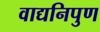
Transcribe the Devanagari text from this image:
वाद्यनिपुण